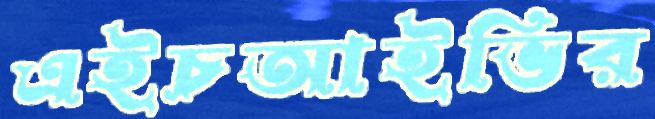
এইচআইভির